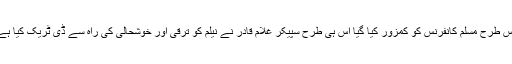
جس طرح مسلم کانفرنس کو کمزور کیا گیا اس ہی طرح سپیکر غلام قادر نے نیلم کو ترقی اور خوشحالی کی راہ سے ڈی ٹریک کیا ہے ۔